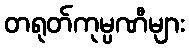
တရုတ်ကုမ္ပဏီများ